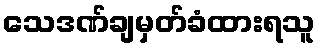
သေဒဏ်ချမှတ်ခံထားရသူ